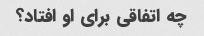
چه اتفاقی برای او افتاد؟